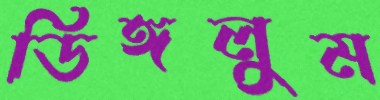
ডিঙ্গলুম